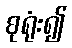
စုရုံး၍